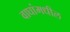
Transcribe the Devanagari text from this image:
वाघांमधील